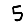
Digit: 5